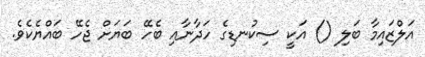
އަލްޒައިމާ ބަލި () އަކީ ސިކުނޑިގެ ހަދާނާއި ބެހޭ ބަޔަށް ޖެހޭ ބައްޔެކެވެ.